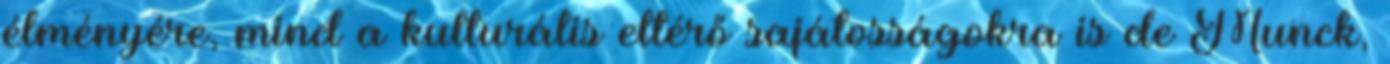
élményére, mind a kulturális eltérő sajátosságokra is de Munck,